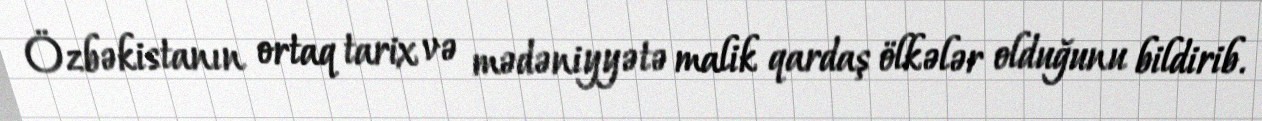
Özbəkistanın ortaq tarix və mədəniyyətə malik qardaş ölkələr olduğunu bildirib.